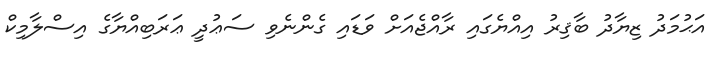
އަޙުމަދު ޒިޔާދު ބާޤިރު އިއްޔެގައި ރާއްޖެއަށް ވަޑައި ގެންނެވި ސަޢުދީ ޢަރަބިއްޔާގެ އިސްލާމިކް